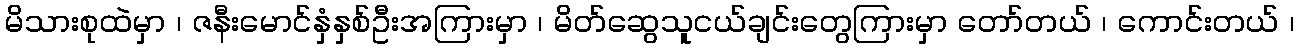
မိသားစုထဲမှာ ၊ ဇနီးမောင်နှံနှစ်ဦးအကြားမှာ ၊ မိတ်ဆွေသူငယ်ချင်းတွေကြားမှာ တော်တယ် ၊ ကောင်းတယ် ၊